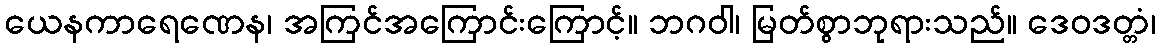
ယေနကာရေဏေန၊ အကြင်အကြောင်းကြောင့်။ ဘဂဝါ၊ မြတ်စွာဘုရားသည်။ ဒေဝဒတ္တံ၊